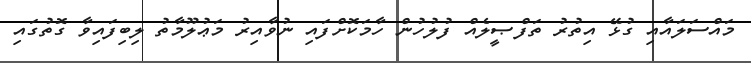
މައްސަލައާއި ގުޅޭ އިތުރު ތަފްޞީލެއް ފުލުހުން ހާމަކޮށްފައި ނުވާއިރު މަޢުލޫމާތު ލިބިފައިވާ ގޮތުގައި